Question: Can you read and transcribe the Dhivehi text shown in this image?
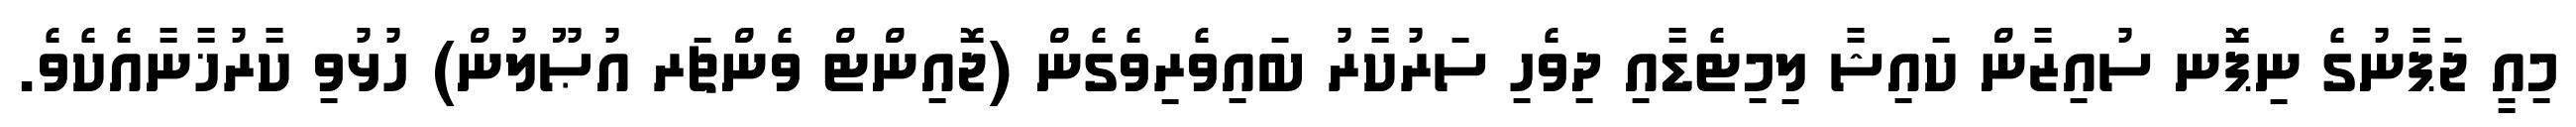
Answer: މިއީ ޖަޕާނުގެ ނިޕޮނ ސުއިޒާން ކައިޝާ ލިމިޓެޑާއި ދިވެހި ސަރުކާރު ބައިވެރިވެގެން (ޖޮއިންޓް ވެންޗަރ އުޞޫލުން) ހުޅުވި ކާރުޚާނާއެކެވެ.